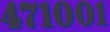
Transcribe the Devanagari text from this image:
४७१००१